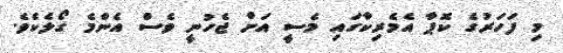
މި ފަހަރުގެ ކޮޕާ އެމެރިކާގައި މެސީ އަށް ޖެހުނީ ވެސް އެންމެ ގޯލެކެވެ.